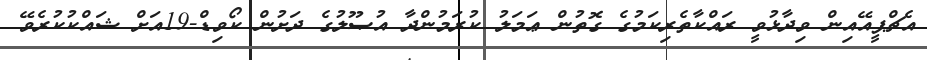
އެޗްޕީއޭއިން ވިދާޅުވީ ރައްކާތެރިކަމުގެ ގޮތުން ޢަމަލު ކުރަމުންދާ އުޞޫލުގެ ދަށުން ކޯވިޑް-19އަށް ޝައްކުކުރެވޭ